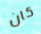
كان